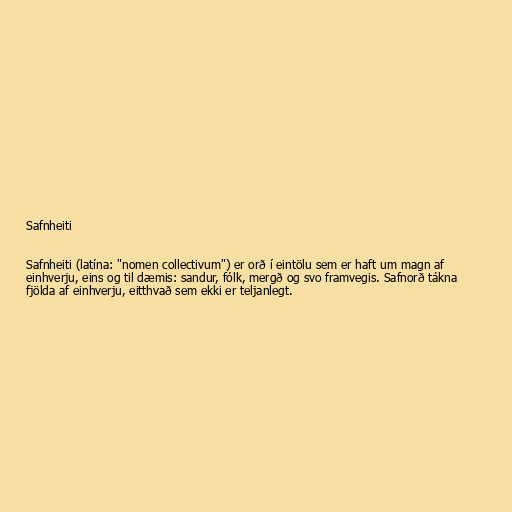
Safnheiti

Safnheiti (latína: "nomen collectivum") er orð í eintölu sem er haft um magn af
einhverju, eins og til dæmis: sandur, fólk, mergð og svo framvegis. Safnorð tákna
fjölda af einhverju, eitthvað sem ekki er teljanlegt.